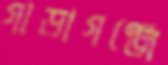
গাড়াগঞ্জে